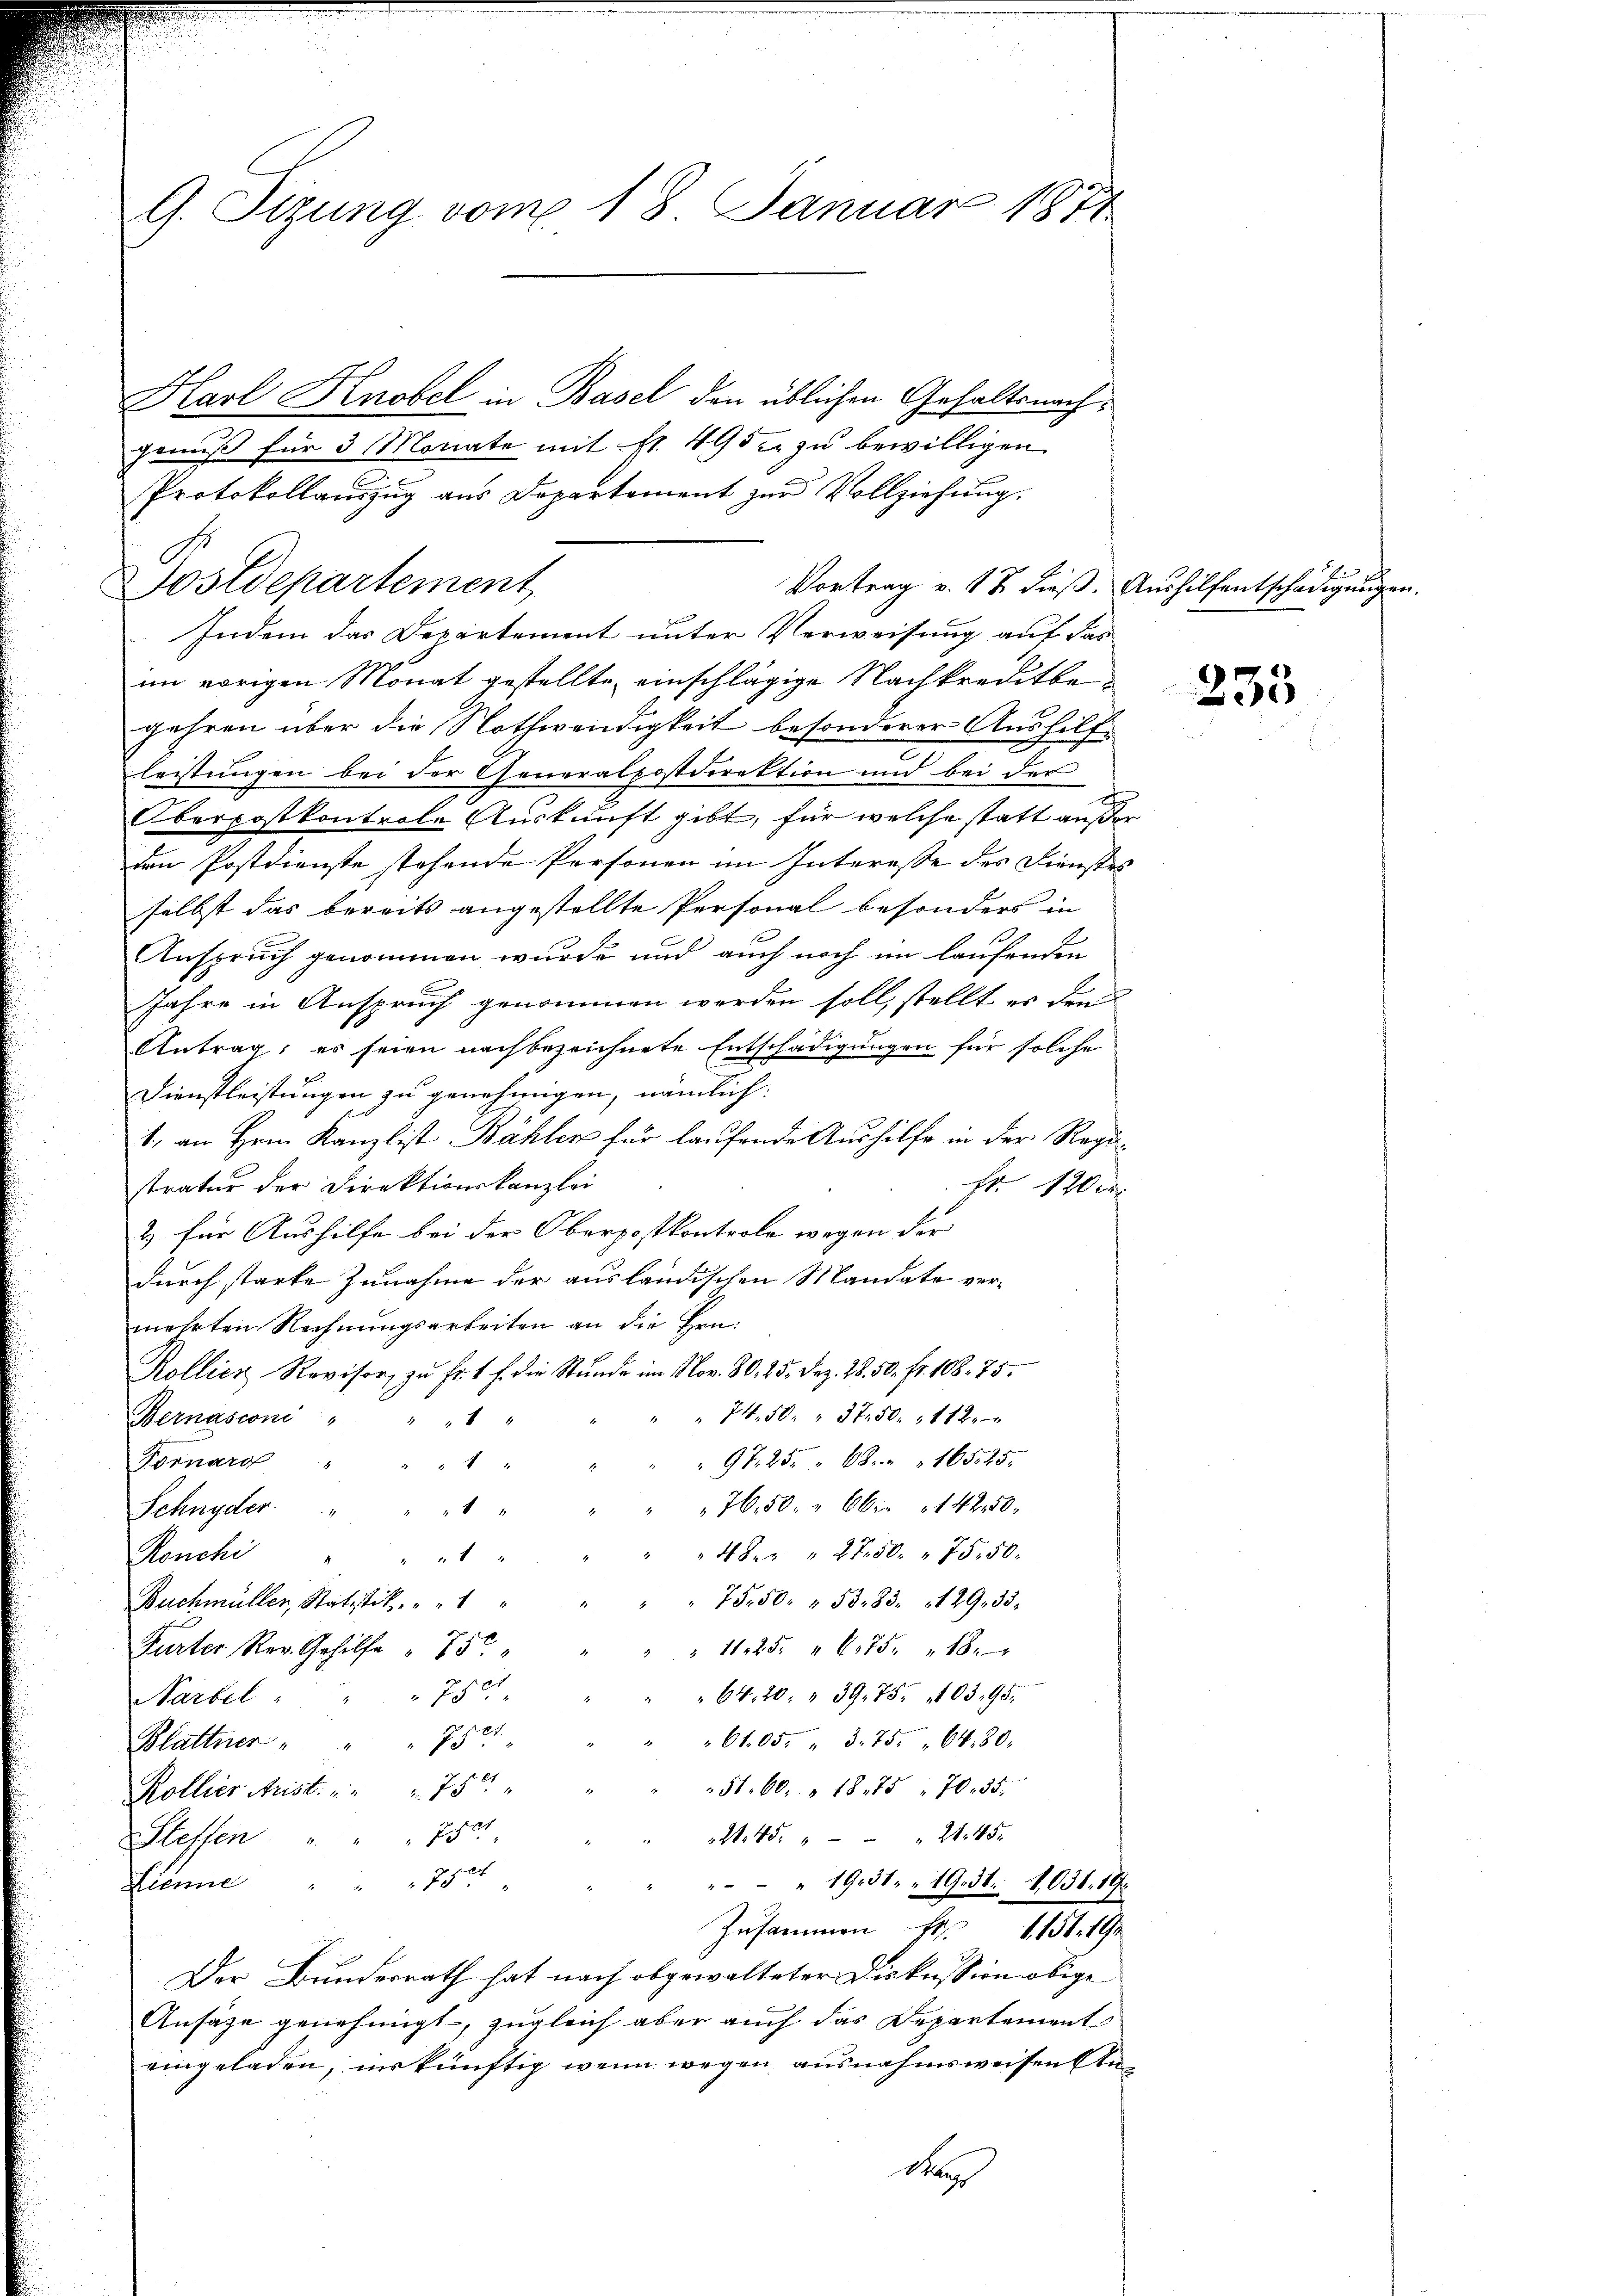
G. Tizung vom 18. Januar 1874

Karl Knobel in Basel den üblichen Gehaltsnachgenuß für 3 Monate mit Nr. 495 c. zu bewilligen
Protokollauszug aus Departement zur Vollziehung.
Vortrag v. 17 dieß. Aushilfentschädigungen
Indem das Departement unter Verweisung auf das
im vorigen Monat gestellte einschlägige Nachkreditbegehren über die Nothwendigkeit besonderer Aushilf-
leistungen bei der Generalpostdirektion und bei der
Oberpostkontrole Auskunft gibt, für welche statt außer
den Postdienste stehende Personen im Interesse des Dienstes
selbst das bereits angestellte Personal besonders in
Anspruch genommen wurde und auch noch im laufenden
Jahre in Anspruch genommen werden soll, stellt er den
Antrag, es seien nachbezeichnete Entschädigungen für solche
Dienstleistungen zu genehmigen, nämlich:
1., an Hrn. Kanzlist Bähler für laufende Aushilfe in der Registratur der Direktionskanzlei
Fr. 120 Fr
& für Aushilfe bei der Oberpostkontrole wegen der
durch starke Zunahme der ausländischen Mandate vermehrten Rechnungsarbeiten an die Ern¬
Rollier Revisor zŭ fr. 1 f. die Stŭnde im Nov. 80. 25. Dez. 28. 50. fr. 108. 75.
74. 50. " 37. 50. 112.
Bernasconi
1
97. 25. 68. 165525.
Fornard
4
76.50 " Ober 1420.

Schnyder
4 " 2150. 75. 50.
Ronchi
1
" " 75.50 " 53. 83. 129. 33.
Buchmüller, Statistik. " " "
Purter Rev. Gehilfe " 750
" " " 1125. " 675. " 18 x
7501
64. 20. " 39. 75. 10395.
Narbel
6105. " 375. 6480.
pe
Blattner
51. 60. 1875 " 70. 55.
Kollier Arist. " " " 750
7501
21.45. " " 2145.
Stellen
Biene 75
" " 1951. 19. 31. 4631. 19.
Zusammen S. 1151. 191
Der Bundesrath hat nach obgewalteter Diskussion obige
Ansäze genehmigt, zugleich aber auch das Departement
eingeladen, inskünftig wenn wegen ausnahmsweisen An¬
Mar

Postdepartement

253